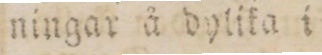
ningar å dylika i